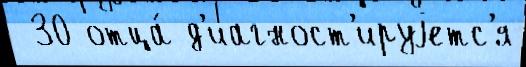
 30 отца́ д'иагност'ируjетс'я